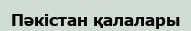
Пәкістан қалалары